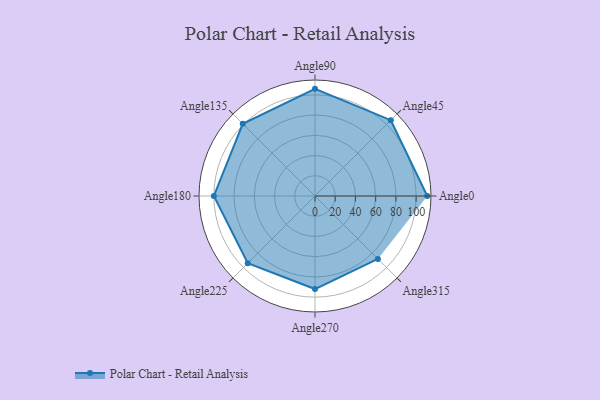
{"axis": {"x": "Angle", "y": "Radius"}, "legend": [""], "data": [{"x": "Angle0", "y": 111.0, "type": ""}, {"x": "Angle45", "y": 106.0, "type": ""}, {"x": "Angle90", "y": 106.0, "type": ""}, {"x": "Angle135", "y": 101.0, "type": ""}, {"x": "Angle180", "y": 100.0, "type": ""}, {"x": "Angle225", "y": 94.0, "type": ""}, {"x": "Angle270", "y": 92.0, "type": ""}, {"x": "Angle315", "y": 88.0, "type": ""}]}